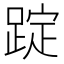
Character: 𨂌